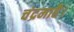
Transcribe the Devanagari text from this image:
चंद्रमाहै।